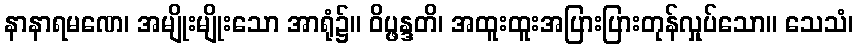
နာနာရမဏေ၊ အမျိုးမျိုးသော အာရုံ၌။ ဝိပ္ဖန္ဒတိ၊ အထူးထူးအပြားပြားတုန်လှုပ်သော။ သေသံ၊